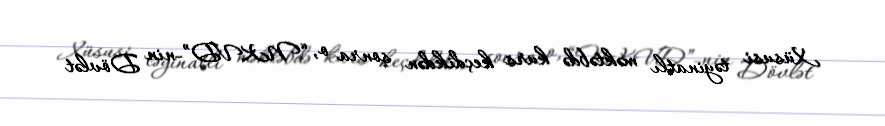
Xüsusi təyinatlı məktəbdə kurs keçdikdən sonra o, “NKVD”-nin Dövlət